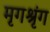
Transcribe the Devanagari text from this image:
मृगश्रृंग